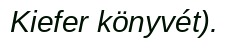
Kiefer könyvét).